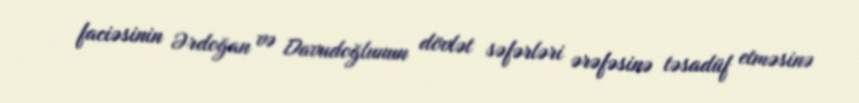
faciəsinin Ərdoğan və Davudoğlunun dövlət səfərləri ərəfəsinə təsadüf etməsinə